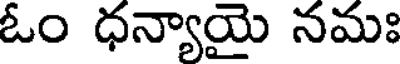
ఓం ధన్యాయై నమః